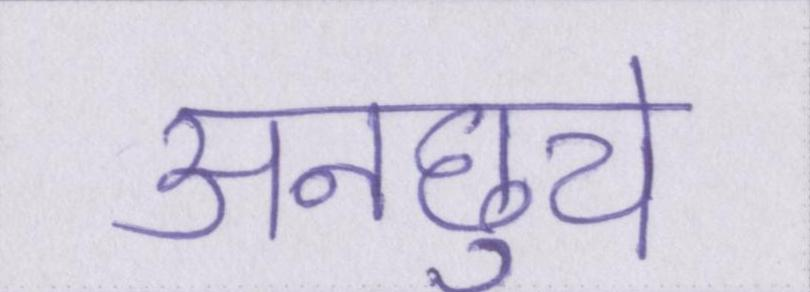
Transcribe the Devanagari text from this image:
अनछुये